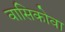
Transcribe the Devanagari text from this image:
वासिकोवा